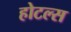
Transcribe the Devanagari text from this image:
होटल्‍स